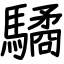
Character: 驈